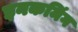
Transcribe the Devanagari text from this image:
इनकमिंग